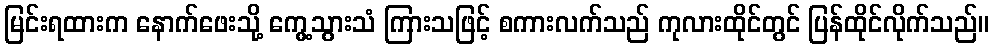
မြင်းရထားက နောက်ဖေးသို့ ကွေ့သွားသံ ကြားသဖြင့် စကားလက်သည် ကုလားထိုင်တွင် ပြန်ထိုင်လိုက်သည်။